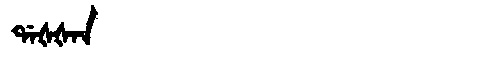
Manchu: ᡩᠠᡧᡧᠠᠨ
Romanization: DAŠŠAN